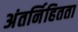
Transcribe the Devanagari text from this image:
अंतर्निहितता